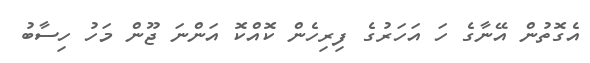
އެގޮތުން އޭނާގެ ހަ އަހަރުގެ ފިރިހެން ކޮއްކޮ އަންނަ ޖޫން މަހު ހިސާބު